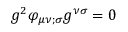
g ^ { 2 } \varphi _ { \mu \nu ; \sigma } g ^ { \nu \sigma } = 0